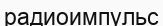
радиоимпульс